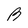
Character: B